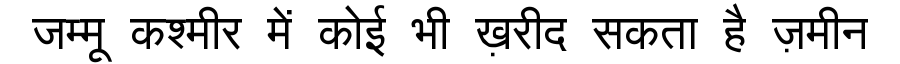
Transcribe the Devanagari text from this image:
जम्मू कश्मीर में कोई भी ख़रीद सकता है ज़मीन